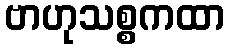
ဗာဟုသစ္စကထာ